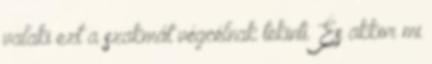
valaki ezt a szakmát végcélnak tekinti. És akkor mi